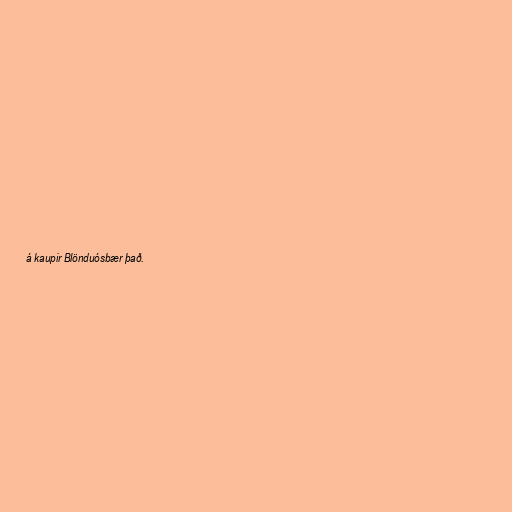
á kaupir Blönduósbær það.